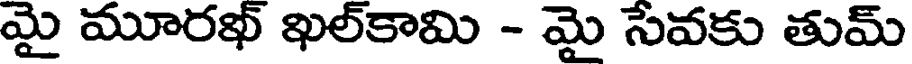
మై మూరఖ్ ఖల్కామి - మై సేవకు తుమ్